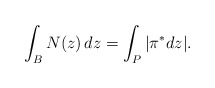
\begin{align*} \int_{B} N(z)\,dz = \int_{P} |\pi^*dz|.\end{align*}